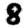
Digit: 8